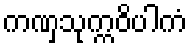
ကဏှသုက္ကဝိပါကံ